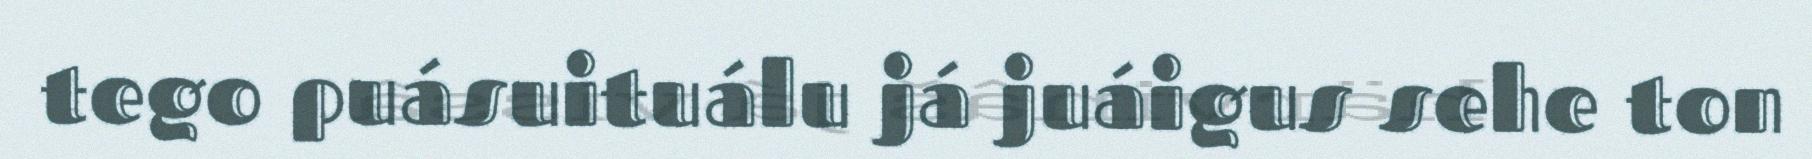
tego puásuituálu já juáigus sehe ton